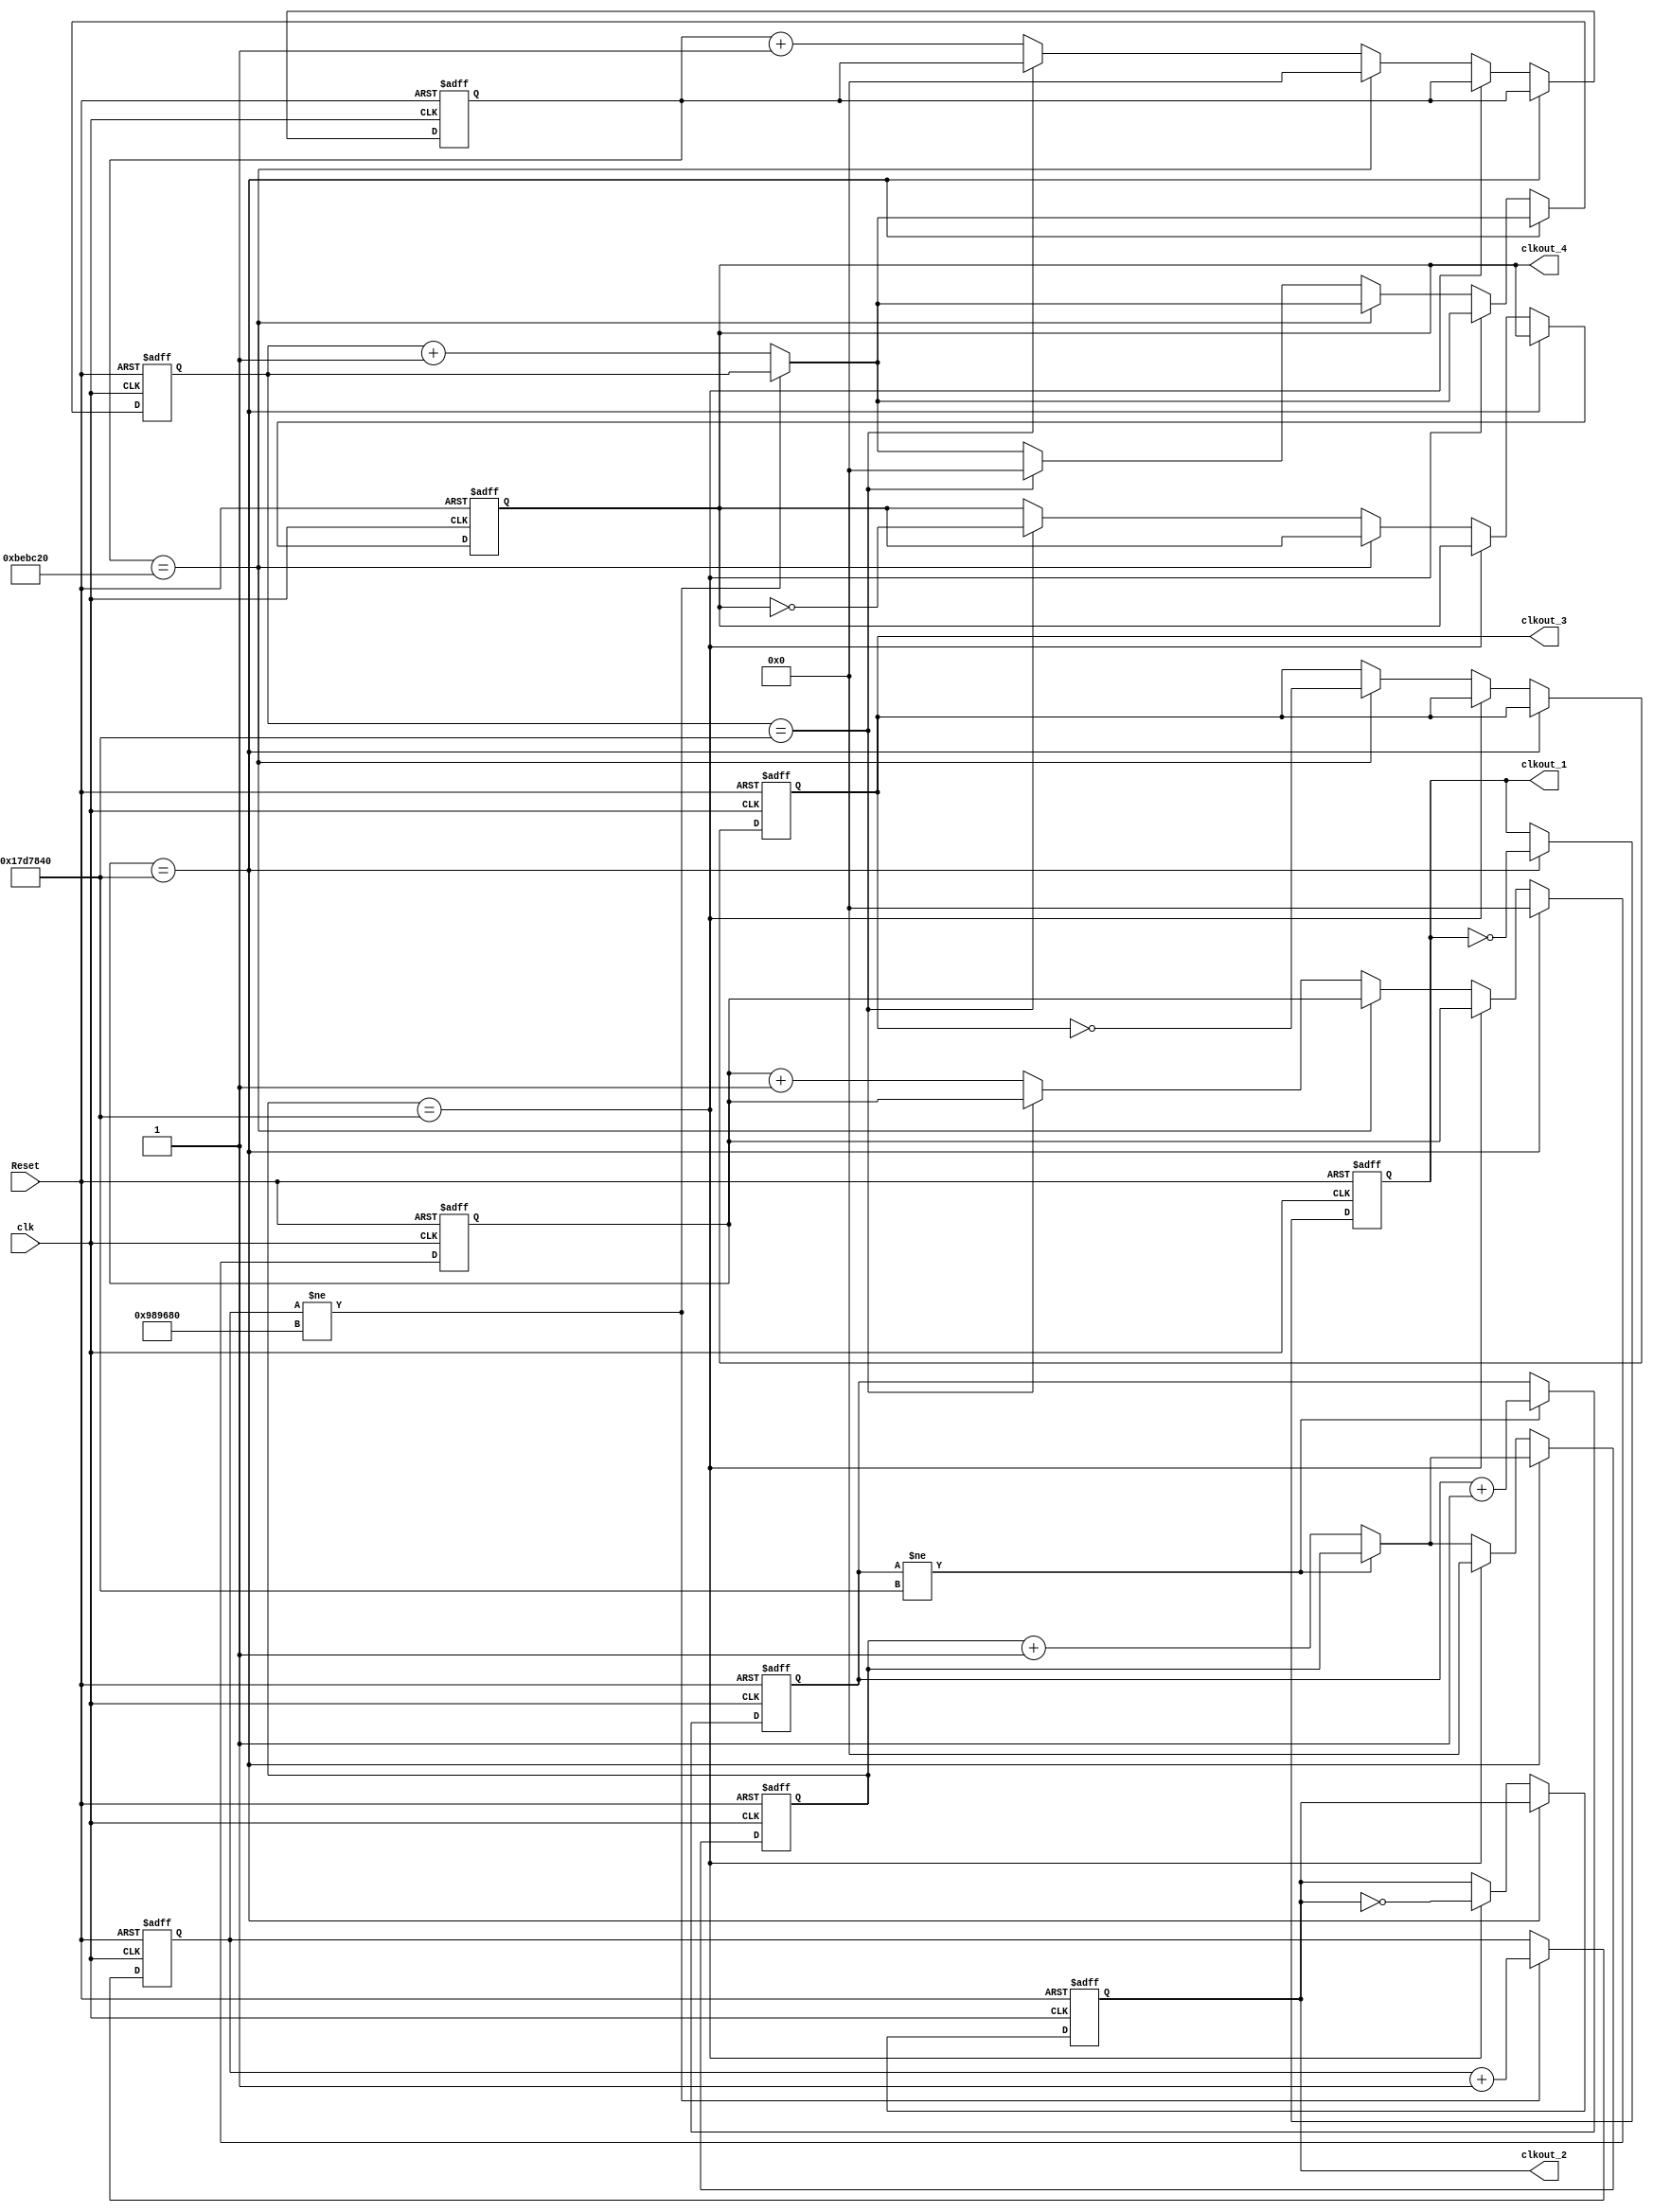
`timescale 1ns / 1ps
//////////////////////////////////////////////////////////////////////////////////
// Company: 
// Engineer: 
// 
// Design Name: 
// Module Name:    clock 
// Project Name: 
// Target Devices: 
// Tool versions: 
// Description: 
//
// Dependencies: 
//
// Revision: 
// Revision 0.01 - File Created
// Additional Comments: 
//
//////////////////////////////////////////////////////////////////////////////////
module clock(
	input clk,
	input Reset,
	output reg clkout_1, 
	output reg clkout_2, 
	output reg clkout_3,
	output reg clkout_4
	);
	
	reg [31:0] cnt_1;
	reg [31:0] cnt_2;
	reg [31:0] cnt_3;
	reg [31:0] cnt_4;
	reg [31:0] cnt_t;
	reg [31:0] cnt_s;

	initial begin
		cnt_1 <= 32'd0;
		cnt_2 <= 32'd0;
		cnt_3 <= 32'd0;
		cnt_4 <= 32'd0;
		cnt_t <= 32'd0;
		cnt_s <= 32'd0;
		clkout_1 <= 1'b0;
		clkout_2 <= 1'b0;
		clkout_3 <= 1'b0;
		clkout_4 <= 1'b0;
	end

	always@(posedge Reset or posedge clk)
		begin
			if (Reset) begin
				cnt_1 <= 32'd0;
				cnt_2 <= 32'd0;
				cnt_3 <= 32'd0;
				cnt_4 <= 32'd0;
				cnt_t <= 32'd0;
				cnt_s <= 32'd0;
				clkout_1 <= 1'b0;
				clkout_2 <= 1'b0;
				clkout_3 <= 1'b0;
				clkout_4 <= 1'b0;
			end
			else begin
				
				if (cnt_t != 32'd25000000)
					begin
						cnt_t <= cnt_t + 1;
					end
				else
					begin
						cnt_2 <= cnt_2 + 1;
					end
				
				if (cnt_s != 32'd10000000)
					begin
						cnt_s <= cnt_s + 1;
					end
				else
					begin
						cnt_4 <= cnt_4 + 1;
					end
					
					
				if (cnt_1 == 32'd25000000)
					begin
						cnt_1 <= 32'd0;
						clkout_1 <= ~clkout_1;
					end
				else if (cnt_2 == 32'd25000000)
					begin
						cnt_2 <= 32'd0;
						clkout_2 <= ~clkout_2;
					end
				else if (cnt_3 == 32'd12500000)
					begin
						cnt_3 <= 32'd0;
						clkout_3 <= ~clkout_3;
					end
				else if (cnt_4 == 32'd25000000)
					begin
						cnt_4 <= 32'd0;
						clkout_4 <= ~clkout_4;
					end
				else
					begin
						cnt_1 <= cnt_1 + 1;
						cnt_3 <= cnt_3 + 1;
					end
			end
		end

	endmodule